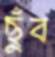
ছুঁব